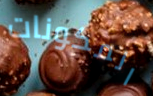
المكونات